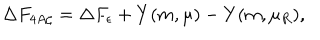
\Delta F _ { 4 A \zeta } = \Delta F _ { \epsilon } + Y ( m , \mu ) - Y ( m , \mu _ { R } ) ,